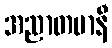
အညာတမာနီ